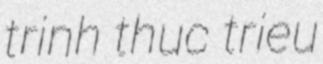
trinh thuc trieu